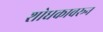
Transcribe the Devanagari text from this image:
शोधकावरून